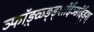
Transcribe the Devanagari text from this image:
ञ्फॉ़ड़्ळ्ङ़्ड्शॉईञ्ङॉईड्श्